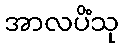
အာလပိံသု